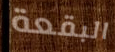
البقعة